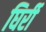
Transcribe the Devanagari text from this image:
घिर्री